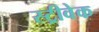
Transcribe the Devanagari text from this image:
स्ट्रीवेक